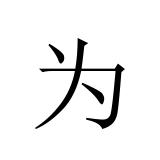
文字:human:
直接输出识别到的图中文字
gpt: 为